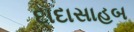
દાદાસાહબ